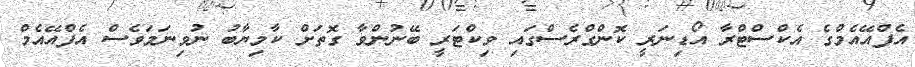
އެފްއޭއެމްގެ އެކްސްޓްރާ އޯޑިނަރީ ކޮންގްރެސްގައި ވިކްޓަރީ ބޭނުންވާ ގޮތަށް ކާމިޔާބު ނުވިނަމަވެސް އެފްއޭއެމް